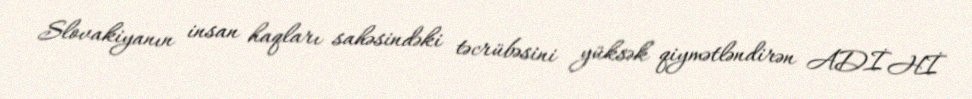
Slovakiyanın insan haqları sahəsindəki təcrübəsini yüksək qiymətləndirən ADİHİ